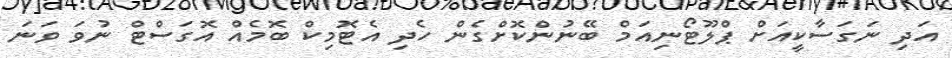
އަދި ނަގަސާކީއަށް ޕްލޫޓޯނިއަމް ބޭނުންކޮށްގެން ހެދި އެޓޮމިކް ބޮމެއް އޮގަސްޓް ނުވަ ވަނަ